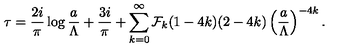
\tau = { \frac { 2 i } { \pi } } \log { \frac { a } { \Lambda } } + { \frac { 3 i } { \pi } } + \sum _ { k = 0 } ^ { \infty } { \cal F } _ { k } ( 1 - 4 k ) ( 2 - 4 k ) \left( { \frac { a } { \Lambda } } \right) ^ { - 4 k } .